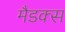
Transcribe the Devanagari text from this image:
मैडक्स